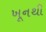
ખૂનથી